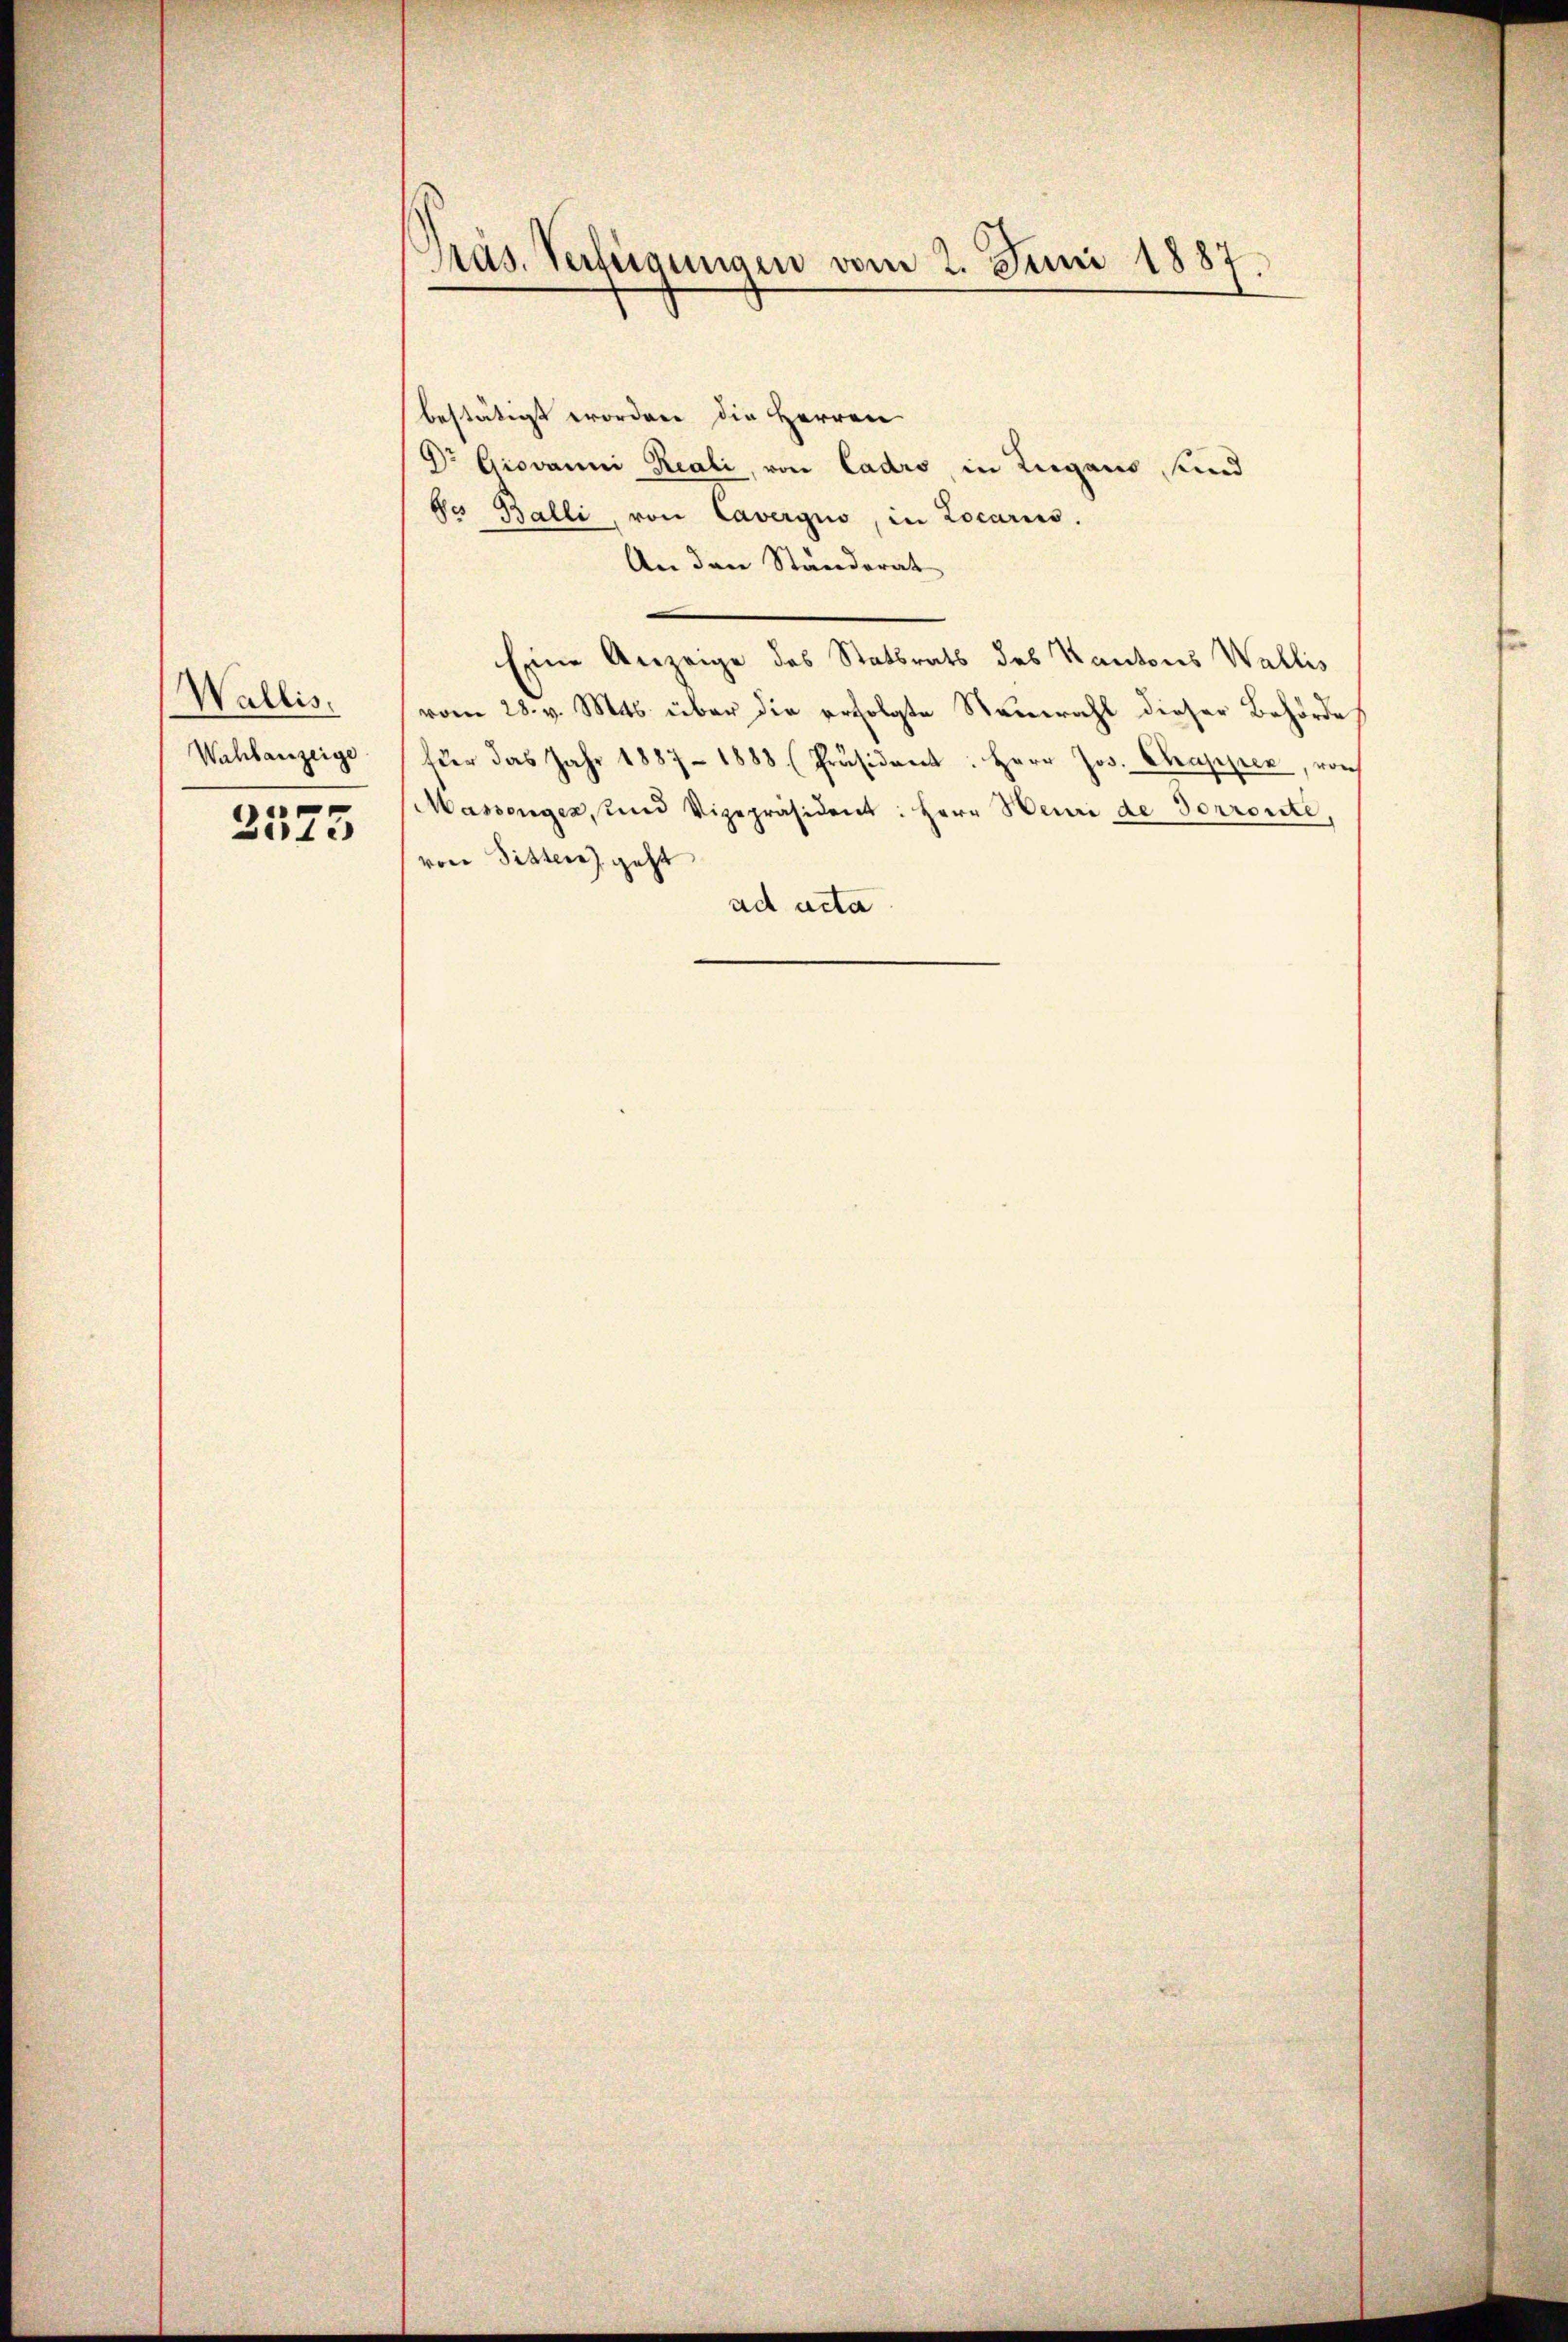
Wallis.
Wahlanzeige

2575

Pras. Verfügungen vom 2. Juni 1887.

bestätigt worden die Herren
Dr. Giovanni Reali, von Ladro, in Zugans, und
bo Balli, von Caverguo, in Locarius.
An den Standerat
Eine Anzeige des Statsrats des Kantons Wallis
vom 28. v. Mts. über die erfolgte Neuwahl dieser Behörde
für das Jahr 1887 - 1888 (Präsident: Herr Jos. Chrappier, von
Massenger, und Vizepräsident: Herr Heure de Sorronte,
von Sitten geht
ad acta